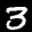
Label: 3